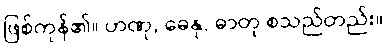
ဖြစ်ကုန်၏။ ဟဏု, ဓေနု, ဓာတု စသည်တည်း။